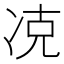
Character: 𠗌